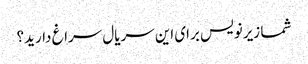
شما زیرنویس برای این سریال سراغ دارید؟